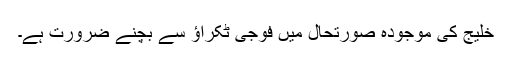
خلیج کی موجودہ صورتحال میں فوجی ٹکراؤ سے بچنے ضرورت ہے۔